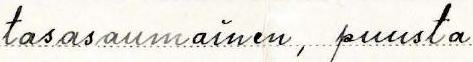
tasasaumainen, puusta